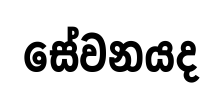
සේවනයද